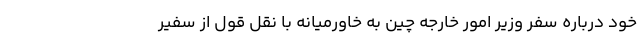
خود درباره سفر وزیر امور خارجه چین به خاورمیانه با نقل قول از سفیر